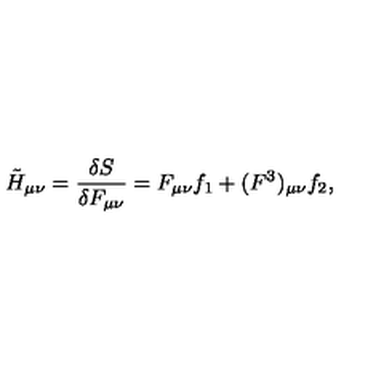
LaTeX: \tilde { H } _ { \mu \nu } = { \frac { \delta S } { \delta F _ { \mu \nu } } } = F _ { \mu \nu } f _ { 1 } + ( F ^ { 3 } ) _ { \mu \nu } f _ { 2 } ,